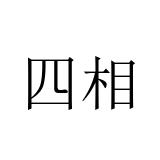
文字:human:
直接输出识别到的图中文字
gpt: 四相